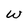
Character: W